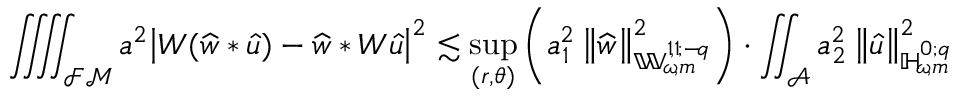
\iiiint _ { { \mathcal { F M } } } a ^ { 2 } \big | W ( \widehat { w } * { \widehat { u } } ) - \widehat { w } * W { \widehat { u } } \big | ^ { 2 } \lesssim \operatorname* { s u p } _ { ( r , \theta ) } \left( a _ { 1 } ^ { 2 } \left\lVert \widehat { w } \right\rVert _ { { \mathbb { W } _ { \! \omega \! , m } ^ { 1 \! , 1 \! ; { - \! q } } } } ^ { 2 } \right) \cdot \iint _ { \mathcal { A } } a _ { 2 } ^ { 2 } \left\lVert { \widehat { u } } \right\rVert _ { { \mathbb { H } _ { \! \omega \! , m } ^ { 0 ; { q } } } } ^ { 2 }